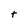
Character: t